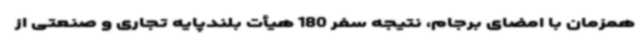
همزمان با امضای برجام، نتیجه سفر 180 هیأت بلندپایه تجاری و صنعتی از